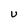
Character: U